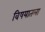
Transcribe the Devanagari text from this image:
विषयातला